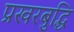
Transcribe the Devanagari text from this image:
प्रखरबुद्धि